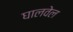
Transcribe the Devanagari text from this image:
घालवेल